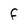
Character: F